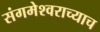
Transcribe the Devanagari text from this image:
संगमेश्वराच्याच